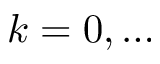
k = 0 , \ldots